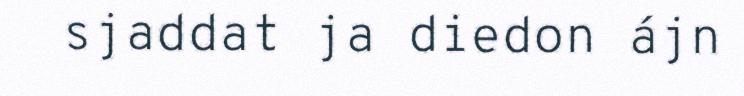
sjaddat ja diedon ájn